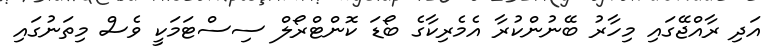
އަދި ރާއްޖޭގައި މިހާރު ބޭނުންކުރާ އެމެރިކާގެ ބޯޑަ ކޮންޓްރޯލް ސިސްޓަމަކީ ވެސް މިތަނުގައި